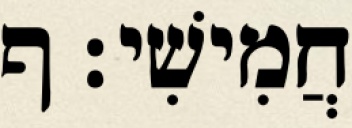
חֲמִישִׁי׃ ף